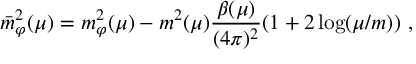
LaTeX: \bar { m } _ { \varphi } ^ { 2 } ( \mu ) = m _ { \varphi } ^ { 2 } ( \mu ) - m ^ { 2 } ( \mu ) \frac { \beta ( \mu ) } { ( 4 \pi ) ^ { 2 } } ( 1 + 2 \log ( \mu / m ) ) \ ,